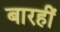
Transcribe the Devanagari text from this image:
बारहीं